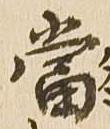
当